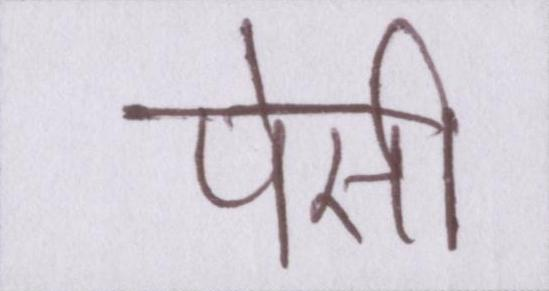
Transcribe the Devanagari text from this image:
पेसी